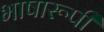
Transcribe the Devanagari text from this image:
भाषारूपी